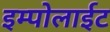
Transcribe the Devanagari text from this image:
इम्पोलाईट